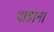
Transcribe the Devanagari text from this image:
यात्राना